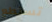
تستطع